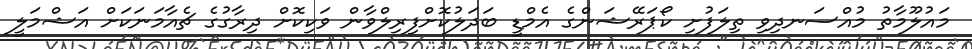
މައުލޫމާތު މުއްސަނދިވި ތިލަފުށި ކޯޕަރޭޝަންގެ އެމްޑީ ބަދަލުކޮށްފިރިލްވާން ވަކިކޮށް ދިރާގުގެ ޗެއާމަނަކަށް އަޝްމަލީ